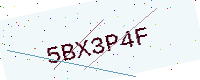
Text: 5BX3P4F